Annual administration report of the Civil Veterinary Department of India - 1894-1895
Year: 1894
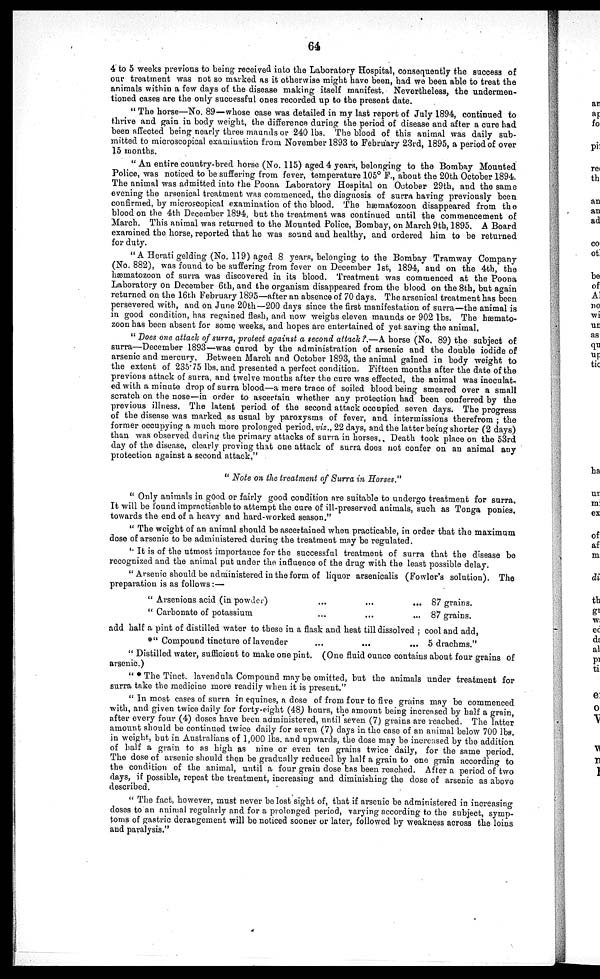
64
4 to 5 weeks previous to being received into the Laboratory Hospital, consequently the success of
our treatment was not so marked as it otherwise might have been, had we been able to treat the
animals within a few days of the disease making itself manifest. Nevertheless, the undermen-
tioned cases are the only successful ones recorded up to the present date.
" The horse—No. 89—whose case was detailed in my last report of July 1894, continued to
thrive and gain in body weight, the difference during the period of disease and after a cure had
been affected being nearly three maunds or 240 lbs. The blood of this animal was daily sub-
mitted to microscopical examination from November 1893 to February 23rd, 1895, a period of over
15 months.
"An entire country-bred horse (No. 115) aged 4 years, belonging to the Bombay Mounted
Police, was noticed to be suffering from fever, temperature 105° F., about the 20th October 1894.
The animal was admitted into the Poona Laboratory Hospital on October 29th, and the same
evening the arsenical treatment was commenced, the diagnosis of surra having previously been
confirmed, by microscopical examination of the blood. The hæmatozoon disappeared from the
blood on the 4th December 1894, but the treatment was continued until the commencement of
March. This animal was returned to the Mounted Police, Bombay, on March 9th, 1895. A Board
examined the horse, reported that he was sound and healthy, and ordered him to be returned
for duty.
"A Herati gelding (No. 119) aged 8 years, belonging to the Bombay Tramway Company
(No. 882), was found to be suffering from fever on December 1st, 1894, and on the 4th, the
hæmatozoon of surra was discovered in its blood. Treatment was commenced at the Poona
Laboratory on December 6th, and the organism disappeared from the blood on the 8th, but again
returned on the 16th February 1895—after an absence of 70 days. The arsenical treatment has been
persevered with, and on June 20th—200 days since the first manifestation of surra—the animal is
in good condition, has regained flesh, and now weighs eleven maunds or 902 lbs. The hæmato-
zoon has been absent for some weeks, and hopes are entertained of yet saving the animal,
" Does one attack of surra, protect against a second attack?.—A horse (No. 89) the subject of
surra—December 1893—was cured by the administration of arsenic and the double iodide of
arsenic and mercury. Between March and October 1893, the animal gained in body weight to
the extent of 235.75 lbs. and presented a perfect condition. Fifteen months after the date of the
previous attack of surra, and twelve months after the cure was effected, the animal was inoculat-
ed with a minute drop of surra blood—a mere trace of soiled blood being smeared over a small
scratch on the nose—in order to ascertain whether any protection had been conferred by the
previous illness. The latent period of the second attack occupied seven days. The progress
of the disease was marked as usual by paroxysms of fever, and intermissions therefrom ; the
former occupying a much more prolonged period, viz., 22 days, and the latter being shorter (2 days)
than was observed during the primary attacks of surra in horses. Death took place on the 53rd
day of the disease, clearly proving that one attack of surra does not confer on an animal any
protection against a second attack."
" Note on the treatment of Surra in Horses."
" Only animals in good or fairly good condition are suitable to undergo treatment for surra.
It will be found impracticable to attempt the cure of ill-preserved animals, such as Tonga ponies.
towards the end of a heavy and hard-worked season."
" The weight of an animal should be ascertained when practicable, in order that the maximum
dose of arsenic to be administered during the treatment may be regulated.
" It is of the utmost importance for the successful treatment of surra that the disease be
recognized and the animal put under the influence of the drug with the least possible delay.
" Arsenic should be administered in the form of liquor arsenicalis (Fowler's solution). The
preparation is as follows:—
" Arsenious acid (in powder)
" Carbonate of potassium
...
...
...
...
...
...
87 grains.
87 grains.
add half a pint of distilled water to these in a flask and heat till dissolved ; cool and add,
*" Compound tincture of lavender
...
...
... 5 drachms."
" Distilled water, sufficient to make one pint. (One fluid ounce contains about four grains of
arsenic.)
" * The Tinct. lavendula Compound may be omitted, but the animals under treatment for
surra take the medicine more readily when it is present."
" In most cases of surra in equines, a dose of from four to five grains may be commenced
with, and given twice daily for forty-eight (48) hours, the amount being increased by half a grain,
after every four (4) doses have been administered, until seven (7) grains are reached. The latter
amount should be continued twice daily for seven (7) days in the case of an animal below 700 lbs.
in weight, but in Australians of 1,000 lbs. and upwards, the dose may be increased by the addition
of half a grain to as high as nine or even ten grains twice daily, for the same period.
The dose of arsenic should then be gradually reduced by half a grain to one grain according to
the condition of the animal, until a four grain dose has been reached. After a period of two
days, if possible, repeat the treatment, increasing and diminishing the dose of arsenic as above
described.
" The fact, however, must never be lost sight of, that if arsenic be administered in increasing
doses to an animal regularly and for a prolonged period, varying according to the subject, symp-
toms of gastric derangement will be noticed sooner or later, followed by weakness across the loins
and paralysis."